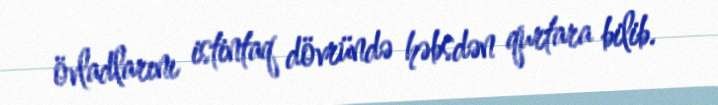
övladlarını istintaq dövründə həbsdən qurtara bilib.